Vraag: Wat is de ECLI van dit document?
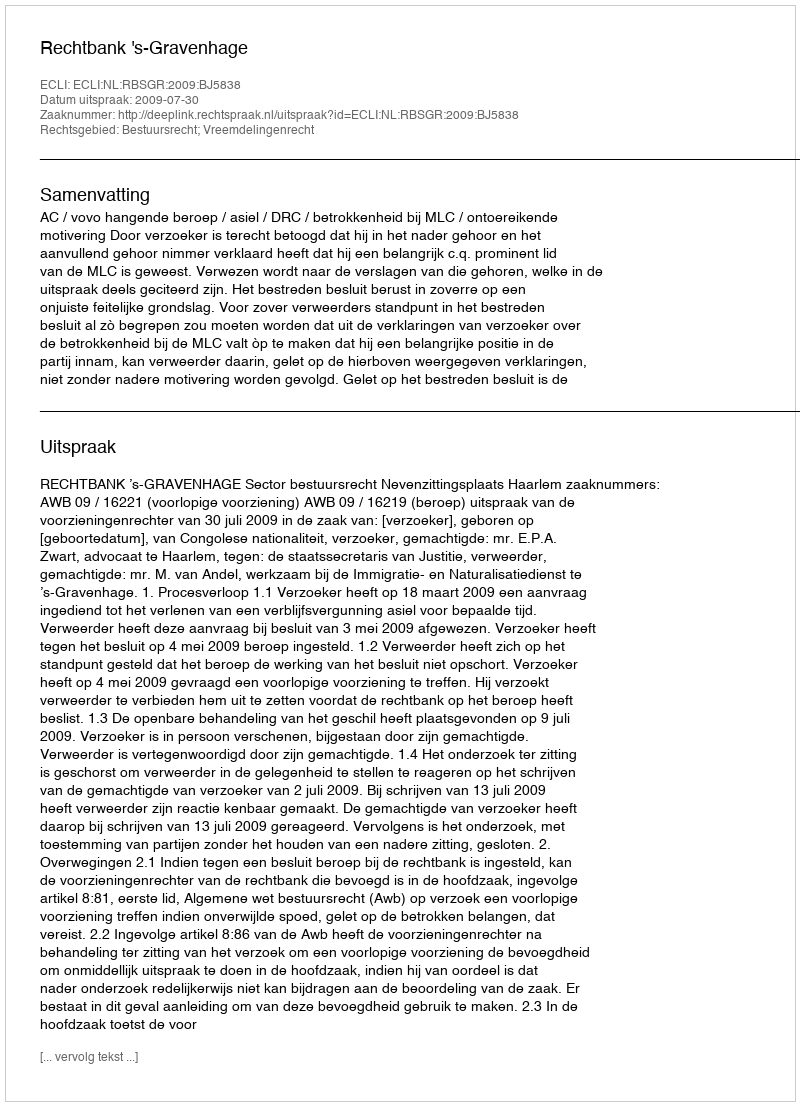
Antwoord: ECLI:NL:RBSGR:2009:BJ5838